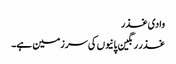
وادی غذر
غذر رنگین پانیوں کی سرزمین ہے۔